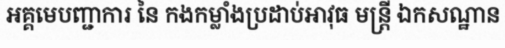
អគ្គមេបញ្ជាការ នៃ កងកម្លាំងប្រដាប់អាវុធ មន្ត្រី ឯកសណ្ឋាន